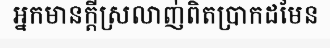
អ្នកមានក្តីស្រលាញ់ពិតប្រាកដមែន